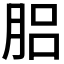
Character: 𦛗